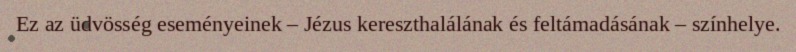
Ez az üdvösség eseményeinek – Jézus kereszthalálának és feltámadásának – színhelye.